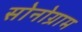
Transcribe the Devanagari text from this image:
सोनोग्राम